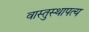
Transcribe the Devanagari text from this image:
वास्तुस्थापत्य